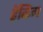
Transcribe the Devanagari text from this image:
हॅकिंग